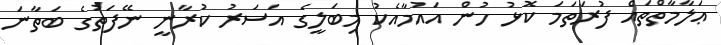
ޢަލާމާތްތައް ފުރަތަމަ ކޮޅު ހުން އައުމާއެކު މިބަލީގެ އަސަރު ކުރާނީ ނޭފަތުގެ ބަތާނަ